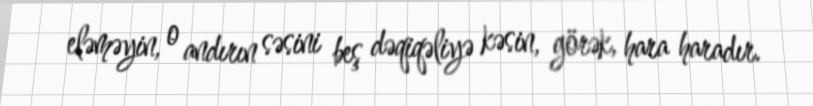
eləməyin, o andırın səsini beş dəqiqəliyə kəsin, görək, hara haradır.